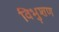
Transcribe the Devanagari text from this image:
विभुशण